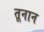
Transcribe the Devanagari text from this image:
तूनान